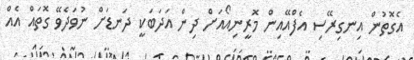
އެގޮތުން އިނގިރޭސި އެފްއޭއިން މޮރީނިއޯއަށް ދިން އަދަބަކީ ދަނޑަށް ނުވަދެވޭ ގޮތައް އެއް